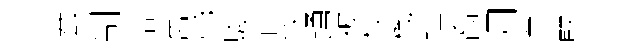
蛬制恰舊亮駿直致踴被枝機珙裔月箪堅